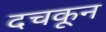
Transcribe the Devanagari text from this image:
दचकून